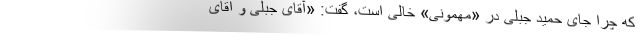
که چرا جای حمید جبلی در «مهمونی» خالی‌ است، گفت: «آقای جبلی و آقای